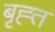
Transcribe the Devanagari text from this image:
बृह्त